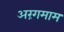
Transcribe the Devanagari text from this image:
अरंगमाम